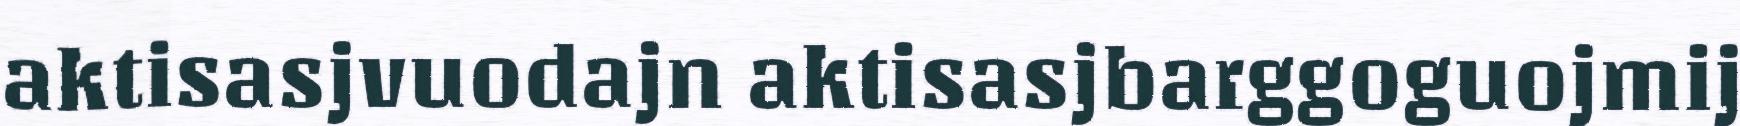
aktisasjvuodajn aktisasjbarggoguojmij